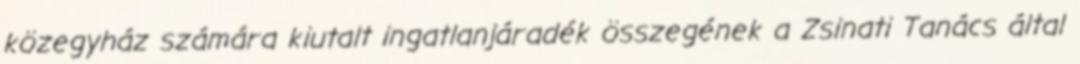
közegyház számára kiutalt ingatlanjáradék összegének a Zsinati Tanács által